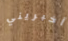
أخبريني